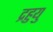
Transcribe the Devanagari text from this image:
द्रहुयु